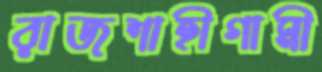
রাজশাহীগামী